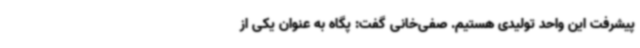
پیشرفت این واحد تولیدی هستیم. صفی‌خانی گفت: پگاه به عنوان یکی از